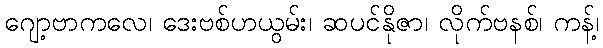
ဂျော့ဗာကလေ၊ ဒေးဗစ်ဟယွမ်း၊ ဆပင်နိုဇာ၊ လိုက်ဗနစ်၊ ကန့်၊